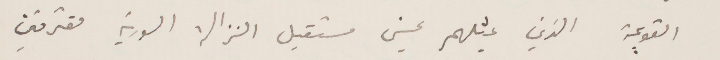
القويمة الذين بمثلهم يحسن مستقبل الزنالة السورية مقترفين